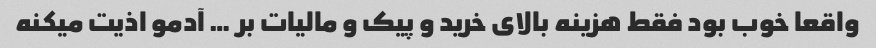
واقعا خوب بود فقط هزینه بالای خرید و پیک و مالیات بر … آدمو اذیت میکنه